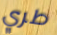
طري